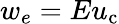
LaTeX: w_{e}=Eu_{\mathrm{c}}